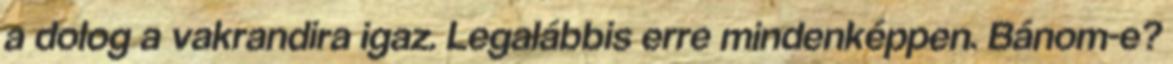
a dolog a vakrandira igaz. Legalábbis erre mindenképpen. Bánom-e?